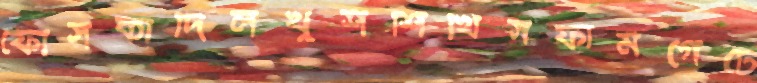
ফোসকাদিলখুশশিখিসফার্মগেটে